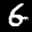
Label: 6